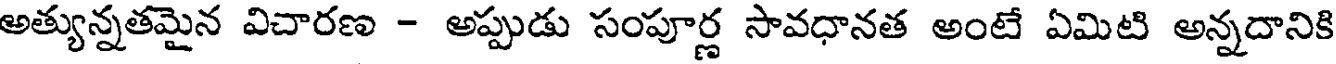
అత్యున్నతమైన విచారణ - అప్పుడు సంపూర్ణ సావధానత అంటే ఏమిటి అన్నదానికి